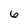
Character: 6